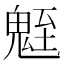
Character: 𩳀